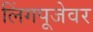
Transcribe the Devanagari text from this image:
लिंगपूजेवर